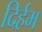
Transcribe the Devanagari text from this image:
दिर्हम